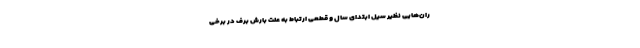
ران‌هایی نظیر سیل ابتدای سال و قطعی ارتباط به علت بارش برف در برخی